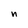
Character: n